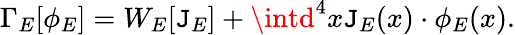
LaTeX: \Gamma_{E}[\phi_{E}]=W_{E}[\mathtt{J}_{E}]+\intd^{4}x\mathtt{J}_{E}(x)\cdot\phi_{E}(x).